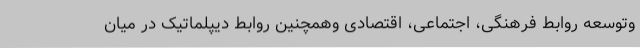
وتوسعه روابط فرهنگی، اجتماعی، اقتصادی وهمچنین روابط دیپلماتیک در میان